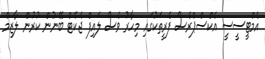
އެމްޓީސީސީ އެކްސްޕްރެސް ފެރީތަކުގައި މިހާރު ވެސް ލައިފް ޖެކެޓް ބޭނުން ކުރުން ލާޒިމް